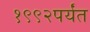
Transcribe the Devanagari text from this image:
१९९२पर्यंत